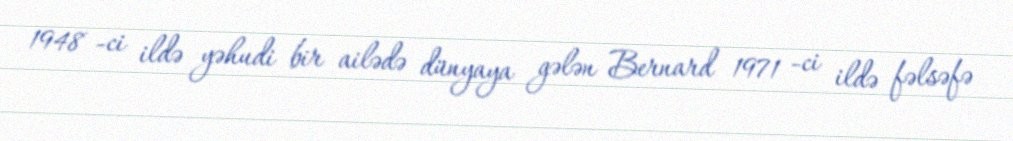
1948 -ci ildə yəhudi bir ailədə dünyaya gələn Bernard 1971 -ci ildə fəlsəfə